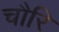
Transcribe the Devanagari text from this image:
चौरि